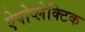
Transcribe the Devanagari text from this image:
ऐपोप्लेक्टिक